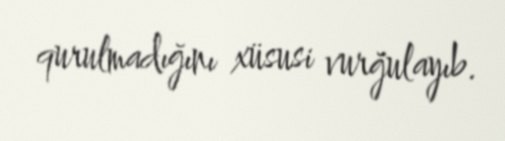
qurulmadığını xüsusi vurğulayıb.